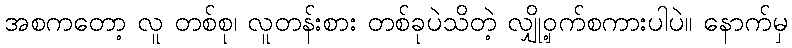
အစကတော့ လူ တစ်စု၊ လူတန်းစား တစ်ခုပဲသိတဲ့ လျှို့ဝှက်စကားပါပဲ။ နောက်မှ